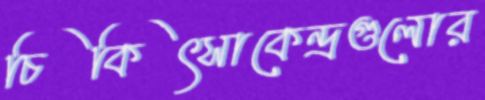
চিকিৎসাকেন্দ্রগুলোর